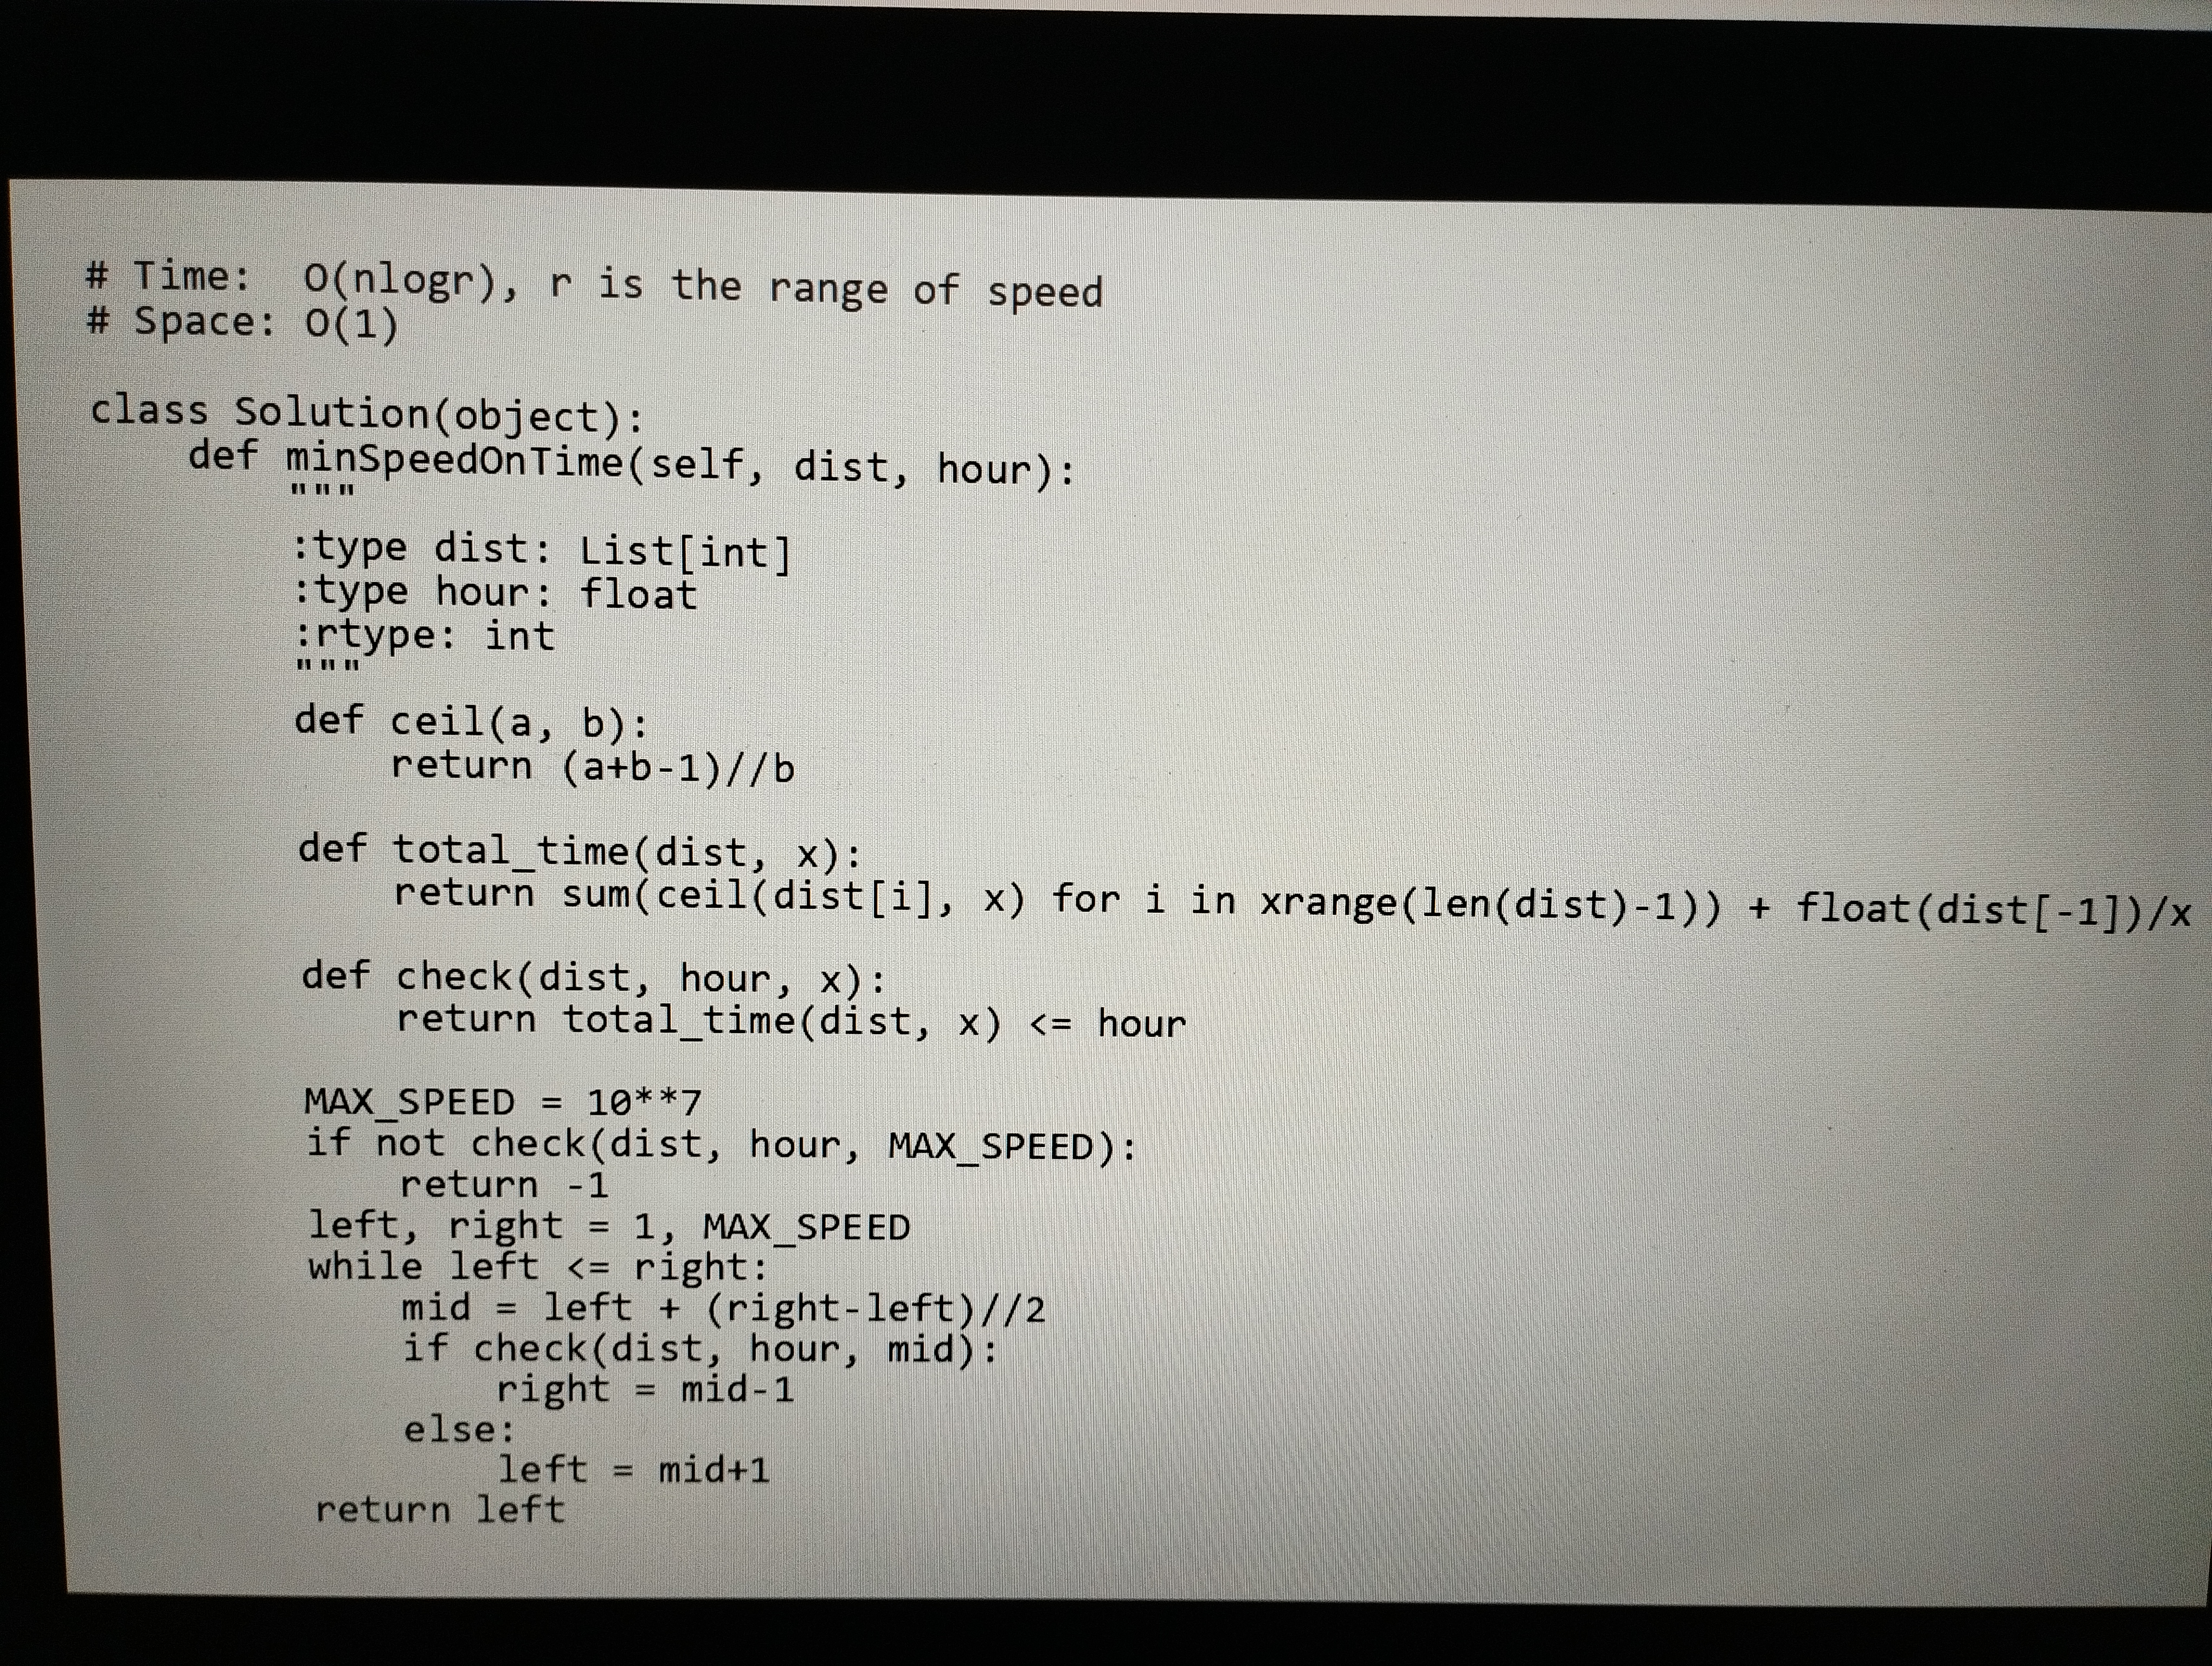
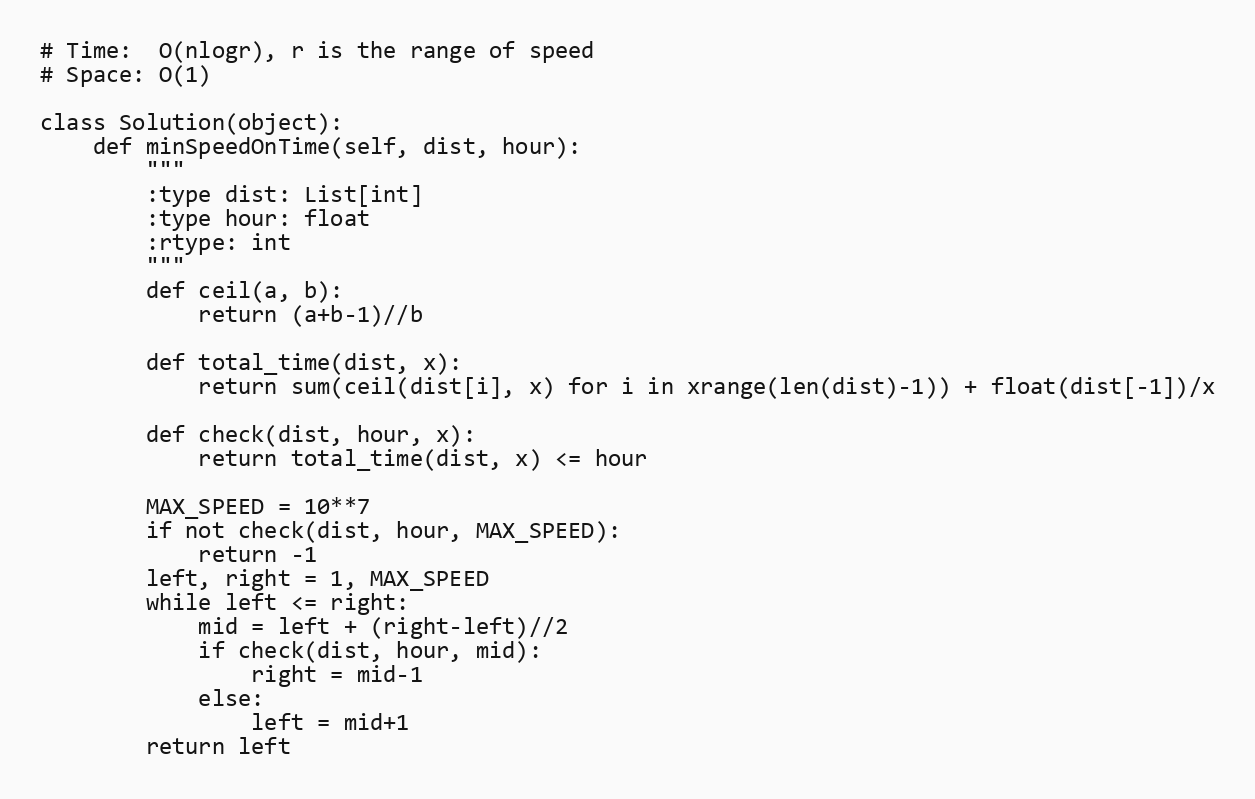
# Time:  O(nlogr), r is the range of speed
# Space: O(1)

class Solution(object):
    def minSpeedOnTime(self, dist, hour):
        """
        :type dist: List[int]
        :type hour: float
        :rtype: int
        """
        def ceil(a, b):
            return (a+b-1)//b

        def total_time(dist, x):
            return sum(ceil(dist[i], x) for i in xrange(len(dist)-1)) + float(dist[-1])/x

        def check(dist, hour, x):
            return total_time(dist, x) <= hour

        MAX_SPEED = 10**7
        if not check(dist, hour, MAX_SPEED):
            return -1
        left, right = 1, MAX_SPEED
        while left <= right:
            mid = left + (right-left)//2
            if check(dist, hour, mid):
                right = mid-1
            else:
                left = mid+1
        return left